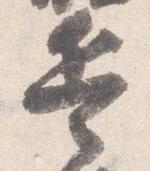
兵